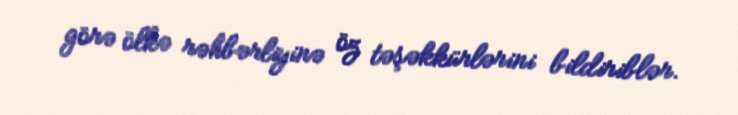
görə ölkə rəhbərliyinə öz təşəkkürlərini bildiriblər.